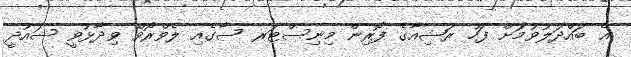
އެ ބައްދަލުވުމަށް ފަހު ރަޝިއާގެ ފޮރިން މިނިސްޓަރ ސާގެއި ލެވްރޯވް ވިދާޅުވީ ސައުދީ